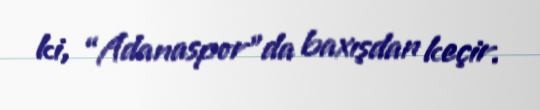
ki, “Adanaspor”da baxışdan keçir.